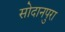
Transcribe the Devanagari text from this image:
सोदानपुरा